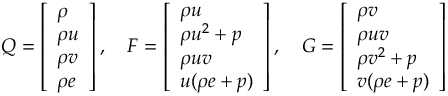
Q = \left[ \begin{array} { l } { \rho } \\ { \rho u } \\ { \rho v } \\ { \rho e } \end{array} \right] , \quad F = \left[ \begin{array} { l } { \rho u } \\ { \rho u ^ { 2 } + p } \\ { \rho u v } \\ { u ( \rho e + p ) } \end{array} \right] , \quad G = \left[ \begin{array} { l } { \rho v } \\ { \rho u v } \\ { \rho v ^ { 2 } + p } \\ { v ( \rho e + p ) } \end{array} \right]